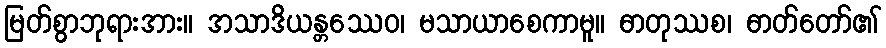
မြတ်စွာဘုရားအား။ အသာဒိယန္တဿေဝ၊ မသာယာစေကာမူ။ ဓာတုဿစ၊ ဓာတ်တော်၏